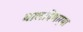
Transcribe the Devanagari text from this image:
घालविणार्‍या